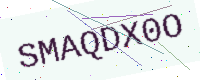
Text: SMAQDX0O